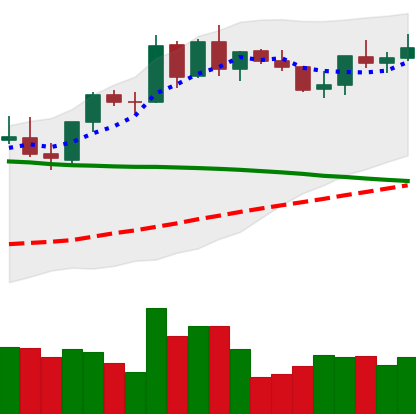
Ticker: BNB-USD
Chart end date: 2021-09-04
Forward return: -15.421%
Label: down_7plus